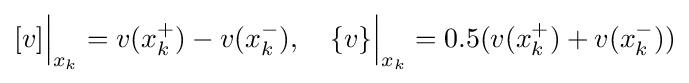
[v]{\Big |}_{x_{k}}=v(x_{k}^{+})-v(x_{k}^{-}),\quad \{v\}{\Big |}_{x_{k}}=0.5(v(x_{k}^{+})+v(x_{k}^{-}))